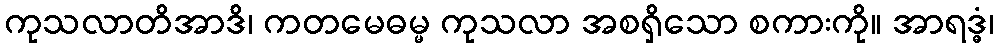
ကုသလာတိအာဒိ၊ ကတမေဓမ္မ ကုသလာ အစရှိသော စကားကို။ အာရဒ္ဓံ၊